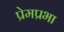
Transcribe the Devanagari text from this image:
प्रेमप्रभा